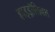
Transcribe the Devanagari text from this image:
हाइड्रॉलिक्स